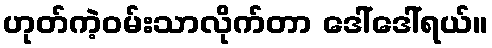
ဟုတ်ကဲ့ဝမ်းသာလိုက်တာ ဒေါ်ဒေါ်ရယ်။